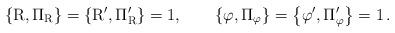
LaTeX: \begin{align*}\rm \left\{ R, \Pi_R \right \} = \left\{ R^\prime, \Pi_R^\prime \right \}=1,\qquad \left\{ \varphi, \Pi_\varphi \right \} = \left\{ \varphi^\prime, \Pi_\varphi^\prime \right \} = 1 \, .\end{align*}